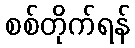
စစ်တိုက်ရန်